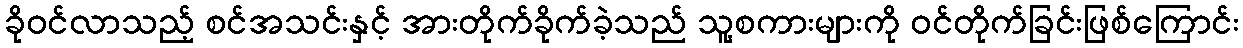
ခိုဝင်လာသည့် စင်အသင်းနှင့် အားတိုက်ခိုက်ခဲ့သည် သူ့စကားများကို ဝင်တိုက်ခြင်းဖြစ်ကြောင်း